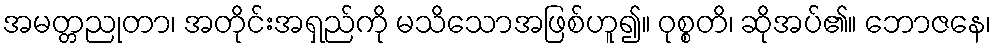
အမတ္တညုတာ၊ အတိုင်းအရှည်ကို မသိသောအဖြစ်ဟူ၍။ ဝုစ္စတိ၊ ဆိုအပ်၏။ ဘောဇနေ၊